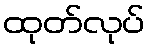
ထုတ်လုပ်